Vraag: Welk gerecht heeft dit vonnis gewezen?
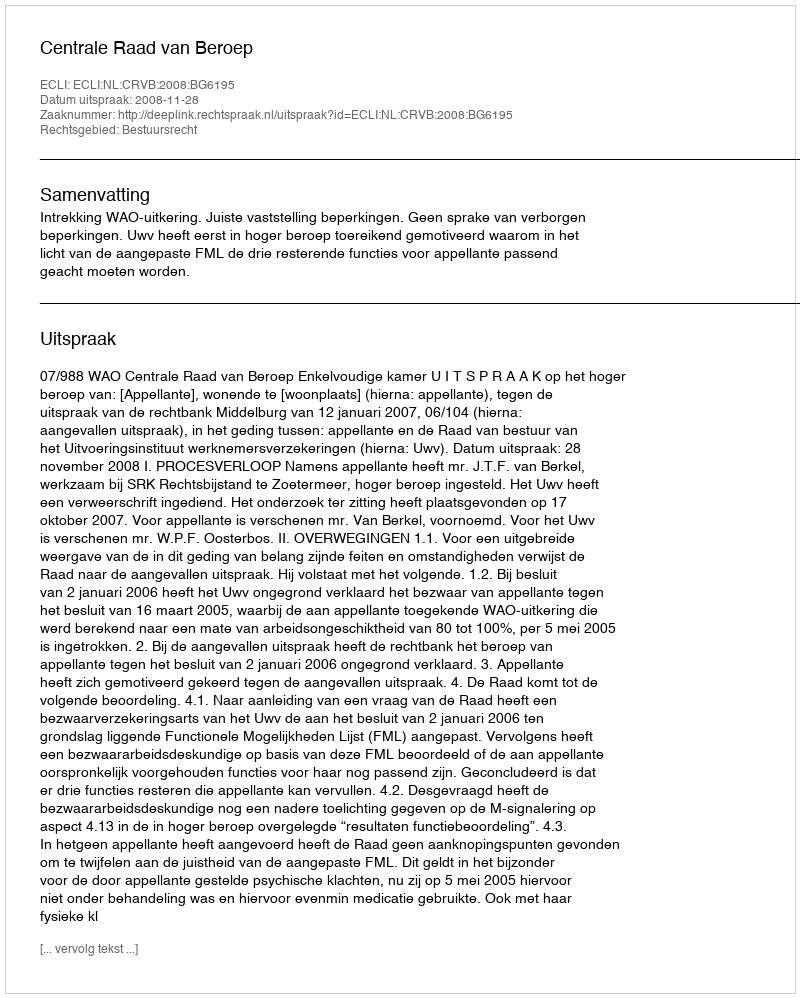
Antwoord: Centrale Raad van Beroep